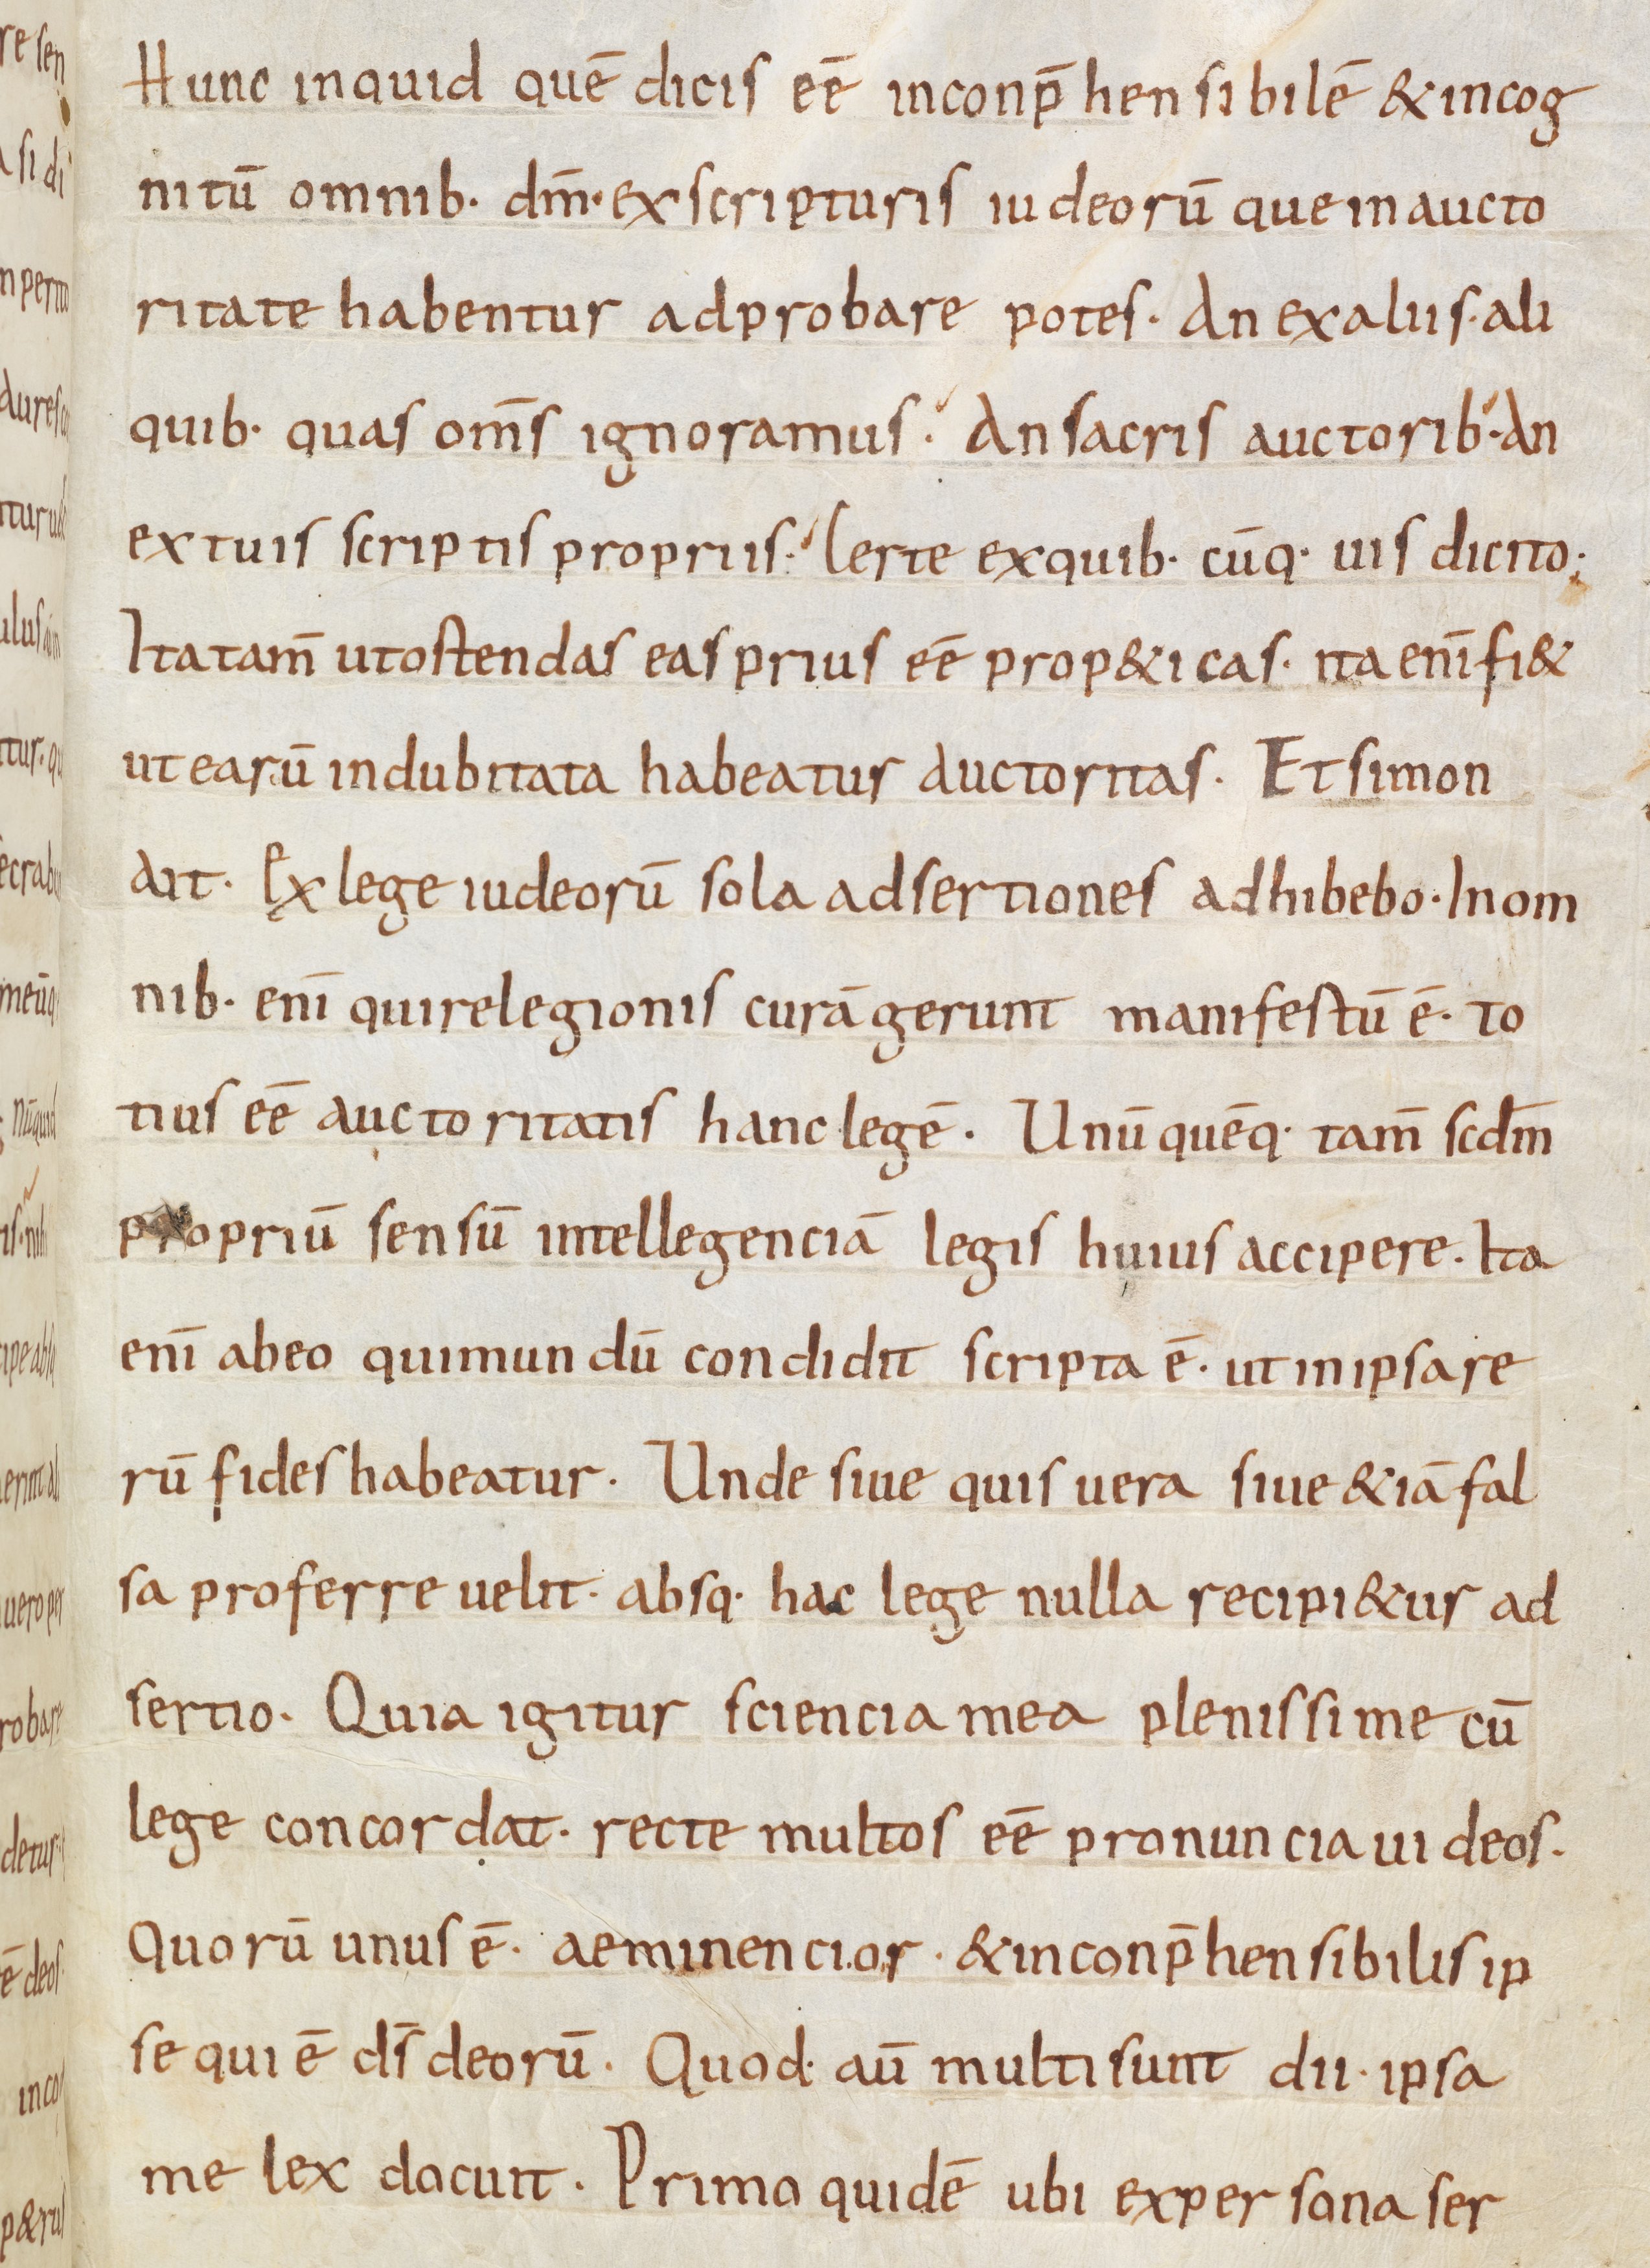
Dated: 835–865